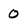
Character: 0